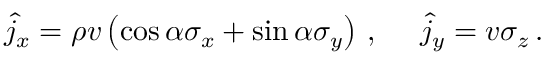
\hat { j } _ { x } = \rho v \left( \cos \alpha \sigma _ { x } + \sin \alpha \sigma _ { y } \right) \, , ~ ~ ~ ~ \hat { j } _ { y } = v \sigma _ { z } \, .